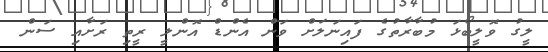
ލީގު ވޮލީބޯޅަ މުބާރާތުގެ ފައިނަލަށް ވަން އެންޑް އޮންލީ ރީތި ރަށާއި ސަން